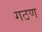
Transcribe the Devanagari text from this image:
गठण